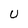
Character: U